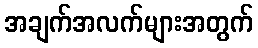
အချက်အလက်များအတွက်